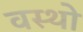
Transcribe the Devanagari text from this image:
वस्थाे